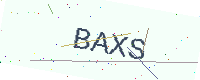
Text: BAXS